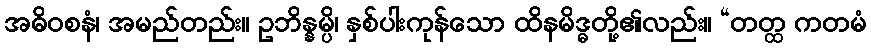
အဓိဝစနံ၊ အမည်တည်း။ ဥဘိန္နမ္ပိ၊ နှစ်ပါးကုန်သော ထိနမိဒ္ဓတို့၏လည်း။ “တတ္ထ ကတမံ